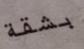
بشقة